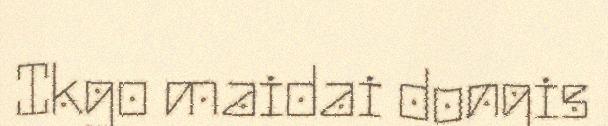
Ikgo maidai dongis